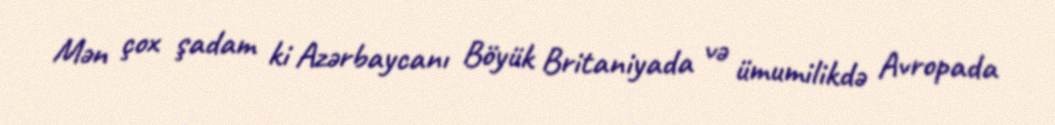
Mən çox şadam ki Azərbaycanı Böyük Britaniyada və ümumilikdə Avropada